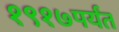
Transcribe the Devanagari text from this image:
१९१७पर्यंत